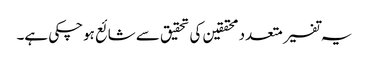
یہ تفسیر متعدد محققین کی تحقیق سے شائع ہوچکی ہے۔